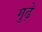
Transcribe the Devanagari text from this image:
गुढ़े